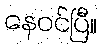
နေဝင်ပြီ။